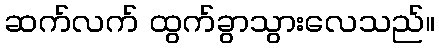
ဆက်လက် ထွက်ခွာသွားလေသည်။